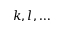
k , l , \dots